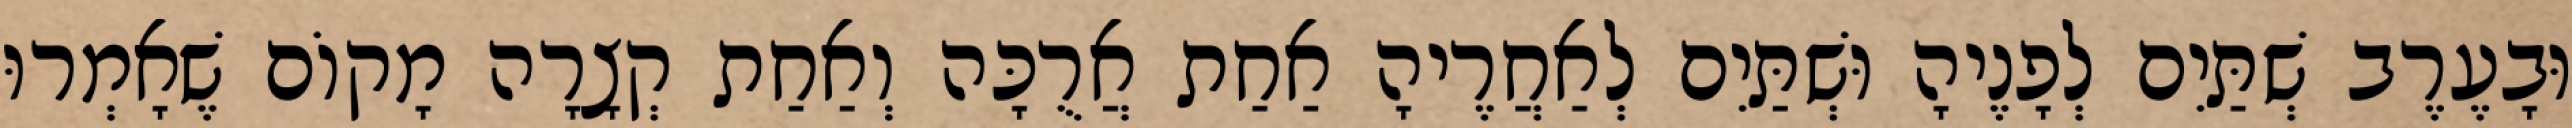
וּבָעֶרֶב שְׁתַּיִם לְפָנֶיהָ וּשְׁתַּיִם לְאַחֲרֶיהָ אַחַת אֲרֻכָּה וְאַחַת קְצָרָה מָקוֹם שֶׁאָמְרוּ